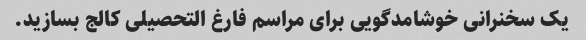
یک سخنرانی خوشامدگویی برای مراسم فارغ التحصیلی کالج بسازید.